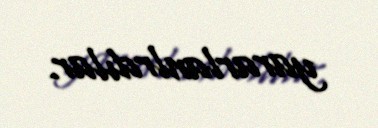
yararlanlrdılar.